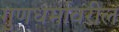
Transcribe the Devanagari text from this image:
गुणधर्मावरील